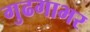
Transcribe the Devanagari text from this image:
गुढगाभर